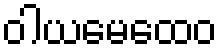
ဝါယမေထေဝ